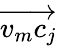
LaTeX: \overrightarrow{v_{m}c_{j}}